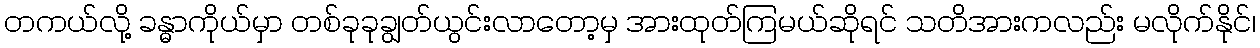
တကယ်လို့ ခန္ဓာကိုယ်မှာ တစ်ခုခုချွတ်ယွင်းလာတော့မှ အားထုတ်ကြမယ်ဆိုရင် သတိအားကလည်း မလိုက်နိုင်၊